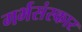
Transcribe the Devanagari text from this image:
गर्भसंस्कार